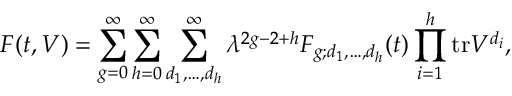
F ( t , V ) = \sum _ { g = 0 } ^ { \infty } \sum _ { h = 0 } ^ { \infty } \sum _ { d _ { 1 } , \ldots , d _ { h } } ^ { \infty } \lambda ^ { 2 g - 2 + h } F _ { g ; d _ { 1 } , \ldots , d _ { h } } ( t ) \prod _ { i = 1 } ^ { h } \mathrm { t r } V ^ { d _ { i } } ,